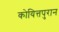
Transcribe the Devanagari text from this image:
कोयित्तपुरान